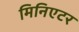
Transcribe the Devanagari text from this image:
मिनिएटर